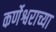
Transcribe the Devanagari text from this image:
कर्णेश्वराच्या